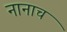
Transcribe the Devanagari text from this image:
नानाच